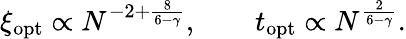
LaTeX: \xi_{\mathrm{{opt}}}\propto N^{-2+\frac{8}{6-\gamma}},\qquad t_{\mathrm{{opt}}}\propto N^{\frac{2}{6-\gamma}}.